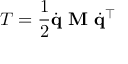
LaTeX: T = { \frac { 1 } { 2 } } { \dot { \mathbf { q } } } \ \mathbf { M } \ { \dot { \mathbf { q } } } ^ { \intercal }